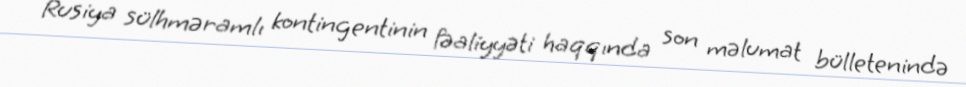
Rusiya sülhməramlı kontingentinin fəaliyyəti haqqında son məlumat bülletenində